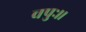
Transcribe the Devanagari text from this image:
वपुः।।